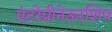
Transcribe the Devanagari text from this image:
एंटरेप्रीनेऊरशिप